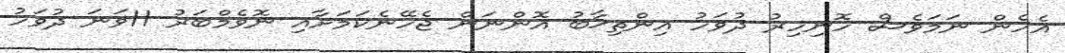
އެހެން ނަމަވެސް ހޮނިހިރު ދުވަހު އިންތިޚާބު އޮންނަން ޖެހޭނެކަމަށާއި ނޮވެމްބަރު 11ވަނަ ދުވަހު